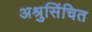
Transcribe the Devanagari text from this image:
अश्रुसिंचित